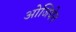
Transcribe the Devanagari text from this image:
ओजियेन